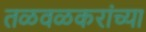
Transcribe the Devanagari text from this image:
तळवळकरांच्या